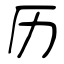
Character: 历